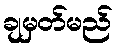
ချမှတ်မည်